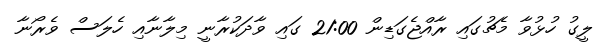
ލީގު ހުޅުވާ މެޗުގައި ރާއްޖެގަޑިން 21:00 ގައި ވާދަކުރާނީ މިލާނާއި ހެލަސް ވެރޯނާ